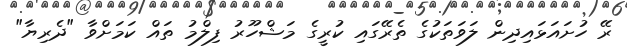
ރޭ ހުށައަޅައިދިން ލަވަތަކުގެ ތެރޭގައި ކުރީގެ މަޝްހޫރު ފިލްމު ތައް ކަމަށްވާ "ދެރިޔާ"